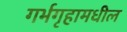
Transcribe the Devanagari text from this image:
गर्भगृहामधील